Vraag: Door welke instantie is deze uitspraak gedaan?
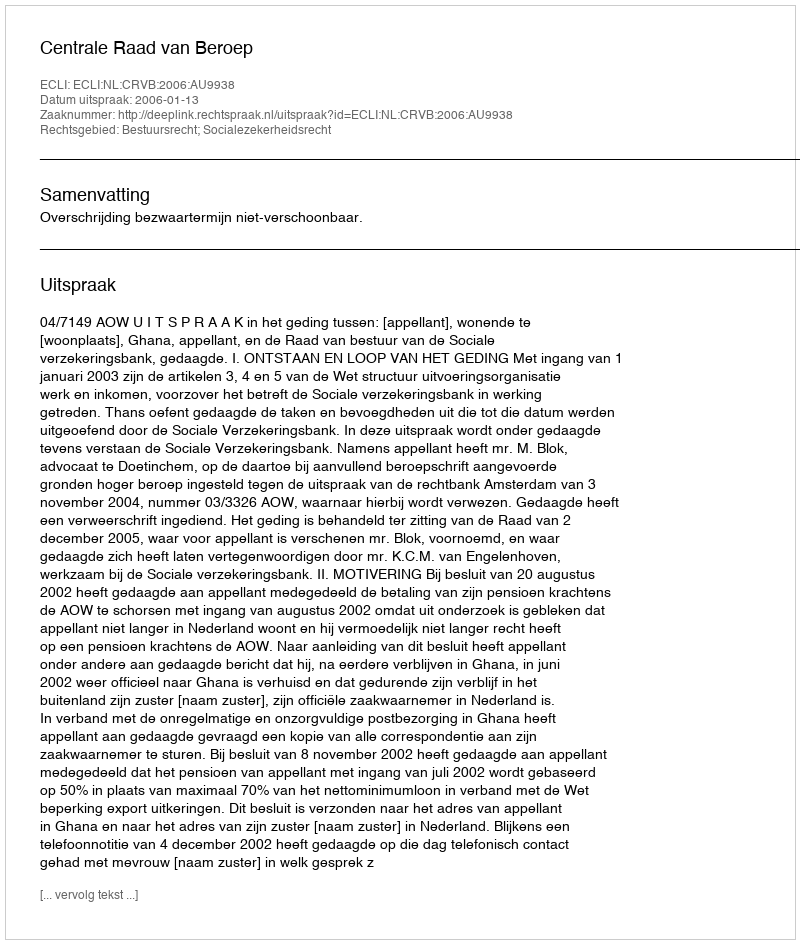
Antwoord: Centrale Raad van Beroep